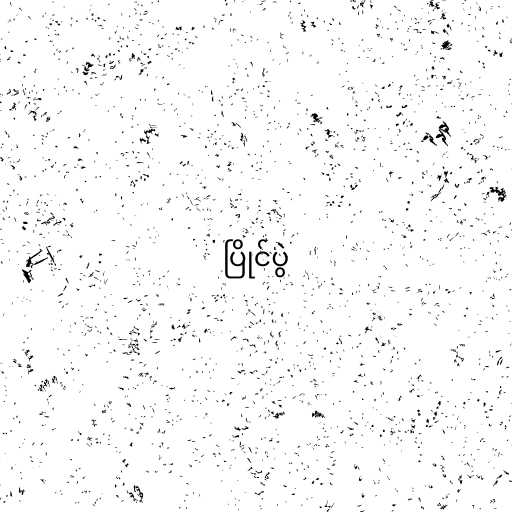
ပြိုင်ပွဲ